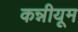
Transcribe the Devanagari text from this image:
कन्नीयूम